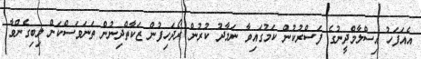
އެއަފަހު އިސްލާމްދީނުގެ ފަސްރުކުން ކަމުގައިވާ ނަމާދު ކުރުން ރޯދަހިފުން ޒަކާތްދިނުން ތަނަވަސްކަން ލިބިގެންވާ